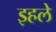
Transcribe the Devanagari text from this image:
इहले